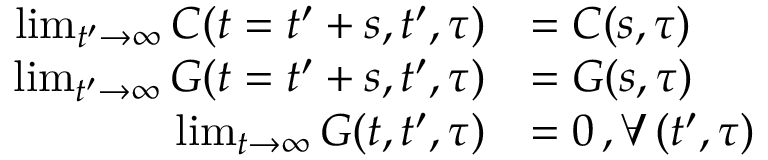
\begin{array} { r l } { \operatorname* { l i m } _ { t ^ { \prime } \rightarrow \infty } C ( t = t ^ { \prime } + s , t ^ { \prime } , \tau ) } & { = C ( s , \tau ) } \\ { \operatorname* { l i m } _ { t ^ { \prime } \rightarrow \infty } G ( t = t ^ { \prime } + s , t ^ { \prime } , \tau ) } & { = G ( s , \tau ) } \\ { \operatorname* { l i m } _ { t \rightarrow \infty } G ( t , t ^ { \prime } , \tau ) } & { = 0 \, , \forall \, ( t ^ { \prime } , \tau ) } \end{array}